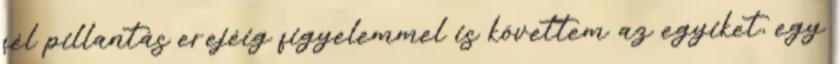
fél pillantás erejéig figyelemmel is követtem az egyiket, egy